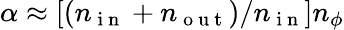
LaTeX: \alpha\approx[(n_{\mathrm{~i~n~}}+n_{\mathrm{~o~u~t~}})/n_{\mathrm{~i~n~}}]n_{\phi}